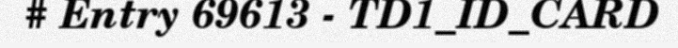
# Entry 69613 - TD1_ID_CARD